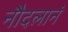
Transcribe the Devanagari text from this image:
नौदलानं